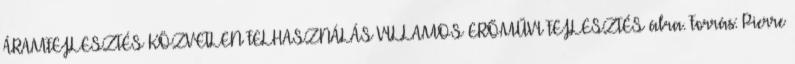
ÁRAMFEJLESZTÉS KÖZVETLEN FELHASZNÁLÁS VILLAMOS ERŐMŰVI FEJLESZTÉS ábra. Forrás: Pierre